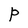
Character: p